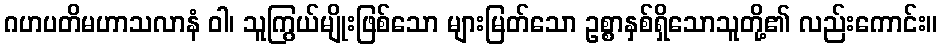
ဂဟပတိမဟာသလာနံ ဝါ၊ သူကြွယ်မျိုးဖြစ်သော များမြတ်သော ဥစ္စာနှစ်ရှိသောသူတို့၏ လည်းကောင်း။